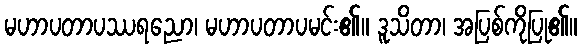
မဟာပတာပဿရညော၊ မဟာပတာပမင်း၏။ ဒူသိတာ၊ အပြစ်ကိုပြု၏။